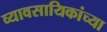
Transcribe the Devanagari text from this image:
व्यावसायिकांच्या